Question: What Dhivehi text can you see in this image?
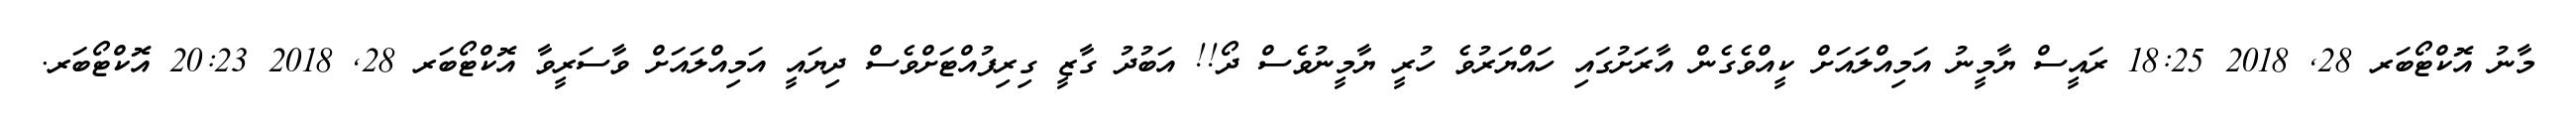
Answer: މާނު އޮކްޓޯބަރ 28, 2018 18:25 ރައީސް ޔާމީނު އަމިއްލައަށް ކީއްވެގެން އާރަށުގައި ހައްޔަރުވެ ހުރީ ޔާމީނުވެސް ދޯ!! އަބުދު ގާޒީ ގިރިފުއްޓަށްވެސް ދިޔައީ އަމިއްލައަށް ވާސަރީވާ އޮކްޓޯބަރ 28, 2018 20:23 އޮކްޓޯބަރ.